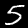
Label: 5